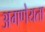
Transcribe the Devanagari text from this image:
अगणेयता